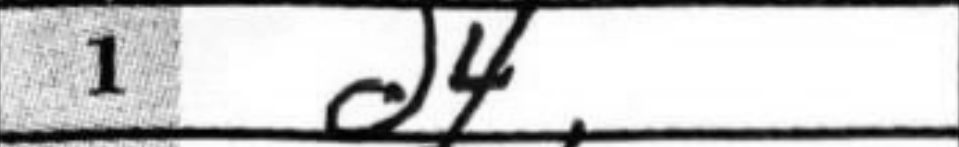
Transcription: d4